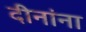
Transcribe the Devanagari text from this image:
दीनांना